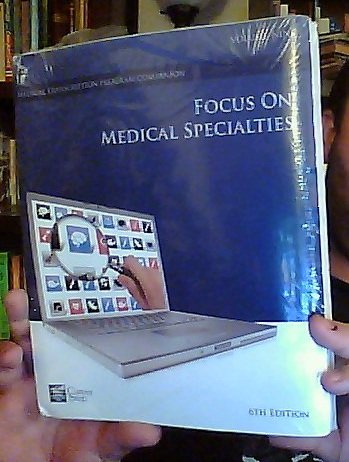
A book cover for Focus on Medical Specialities: Volume Nine, 6th Edition (Career Step Medical Transcription Program Companion); Career Step; Medical Books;